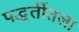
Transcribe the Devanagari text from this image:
पद्धतींतला